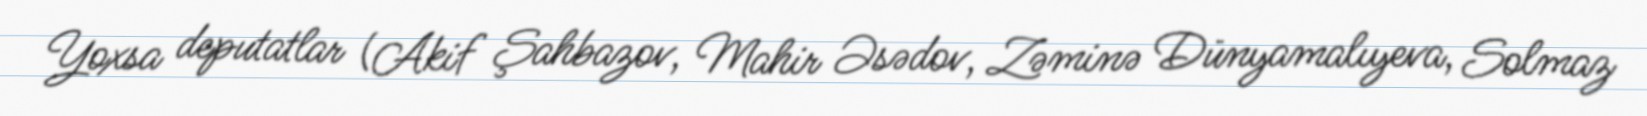
Yoxsa deputatlar (Akif Şahbazov, Mahir Əsədov, Zəminə Dünyamalıyeva, Solmaz